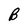
Character: B